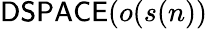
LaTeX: {\mathsf{DSPACE}}(o(s(n))